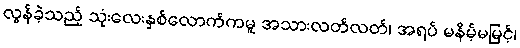
လွန်ခဲ့သည့် သုံးလေးနှစ်လောက်ကမူ အသားလတ်လတ်၊ အရပ် မနိမ့်မမြင့်၊